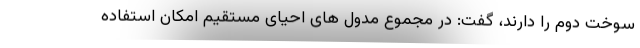
سوخت دوم را دارند، گفت: در مجموع مدول های احیای مستقیم امکان استفاده